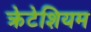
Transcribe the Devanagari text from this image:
क्रेटेशियम